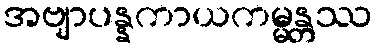
အဗျာပန္နကာယကမ္မန္တဿ